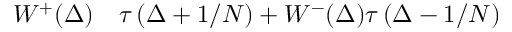
\begin{array} { r l } { W ^ { + } ( \Delta ) } & { { } \tau \left( \Delta + 1 / N \right) + W ^ { - } ( \Delta ) \tau \left( \Delta - 1 / N \right) } \end{array}